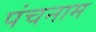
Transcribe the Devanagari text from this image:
पंचनाम